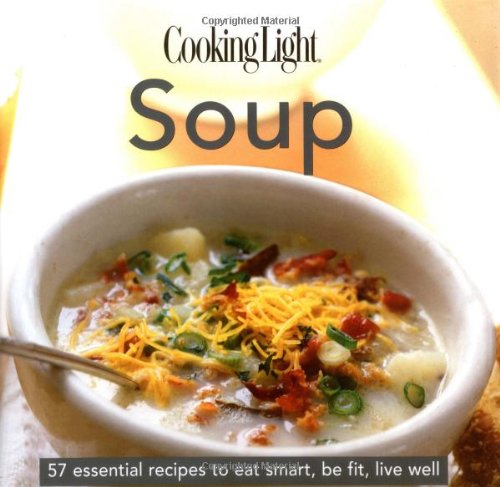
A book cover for Soup: 57 Essential Recipes to Eat Smart, Be Fit, Live Well (Cooking Light); Heather Averett; Cookbooks, Food & Wine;